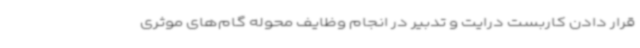
قرار دادن کاربست درایت و تدبیر در انجام وظایف محوله گام‌های موثری